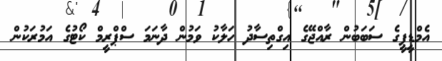
އެމްޑީޕީގެ ސަބަބުން ރާއްޖޭގެ އިގްތިސާދު ހަލާކު ވަމުން ދާނަމަ ސްޕްރީމް ކޯޓުގެ އަމުރަކުން